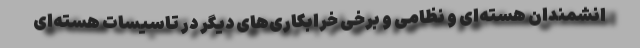
انشمندان هسته‌ای و نظامی و برخی خرابکاری‌های دیگر در تاسیسات هسته‌ای